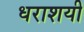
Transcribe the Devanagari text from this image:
धराशयी